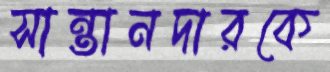
সান্তানদারকে